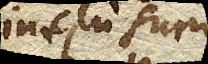
intus